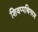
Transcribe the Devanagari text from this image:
शिवप्पथिगरम